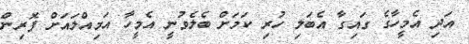
އަދި އެމީހާގެ ގައިގާ އެބަލި ހުރި ކަމަށް ބެލެވުނީ އެމީހާ އަމިއްލައަށް ފޮރިން